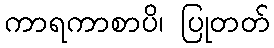
ကာရကာစာပိ၊ ပြုတတ်